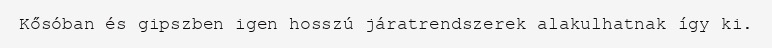
Kősóban és gipszben igen hosszú járatrendszerek alakulhatnak így ki.